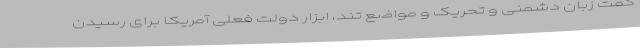
گفت زبان دشمنی و تحریک و مواضع تند، ابزار دولت فعلی آمریکا برای رسیدن